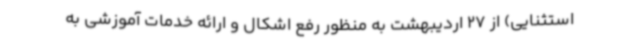
استثنایی) از 27 اردیبهشت به منظور رفع اشکال و ارائه خدمات آموزشی به